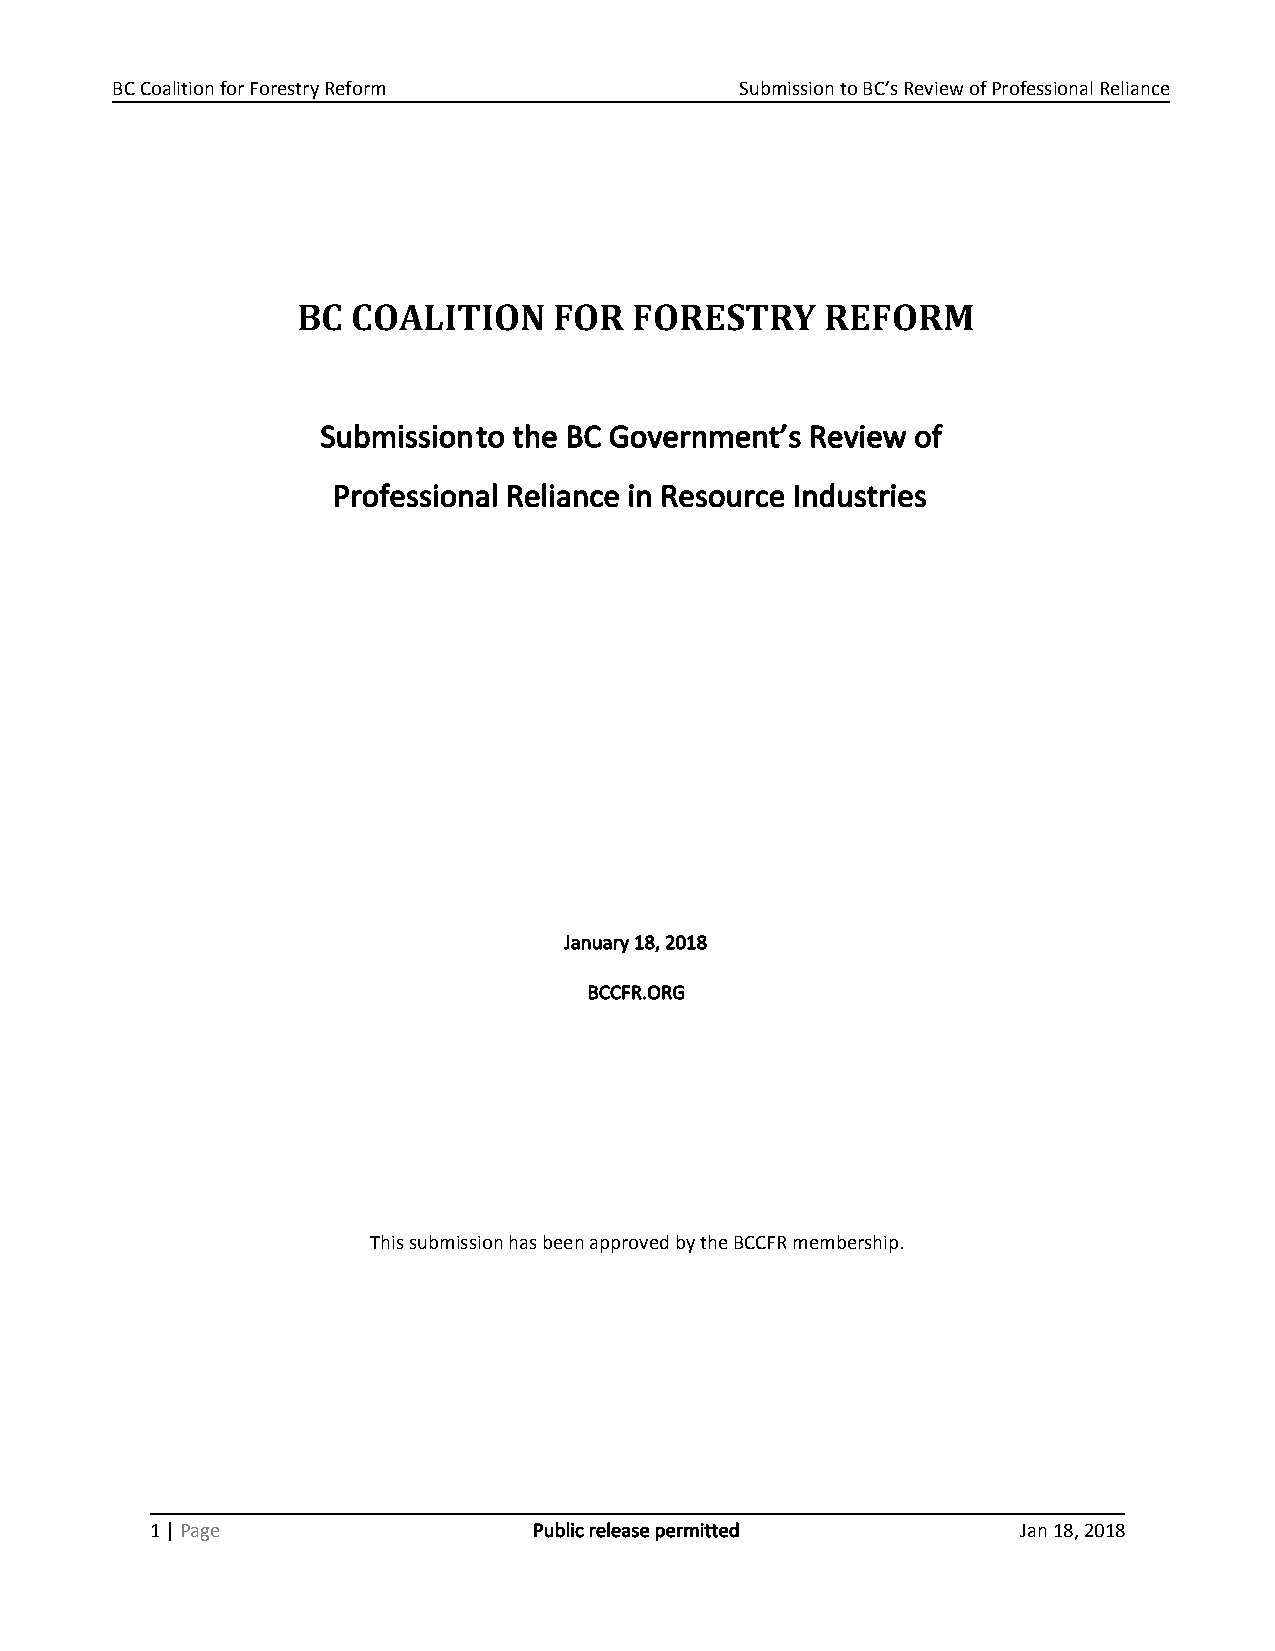
BC Coalition for Forestry Reform          Submission to BC’s Review of Professional Reliance
 BC COALITION     FOR  FORESTRY     REFORM
 Submissionto the BC Government’s Review of
 ​ ​
 Professional Reliance in Resource Industries
 January 18, 2018
 BCCFR.ORG
 This submission has been approved by the BCCFR membership.
 1 | Page                 Public release permitted         Jan 18, 2018
 ​​ ​​